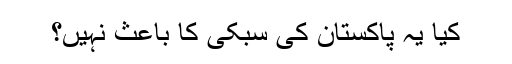
کیا یہ پاکستان کی سبکی کا باعث نہیں؟